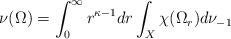
LaTeX: \begin{align*}\nu (\Omega)= \int_0^{\infty} r^{\kappa- 1}dr\int_{X} \chi(\Omega_r) d\nu_{-1} \end{align*}